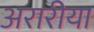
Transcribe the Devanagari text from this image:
अरारीया